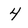
Character: 4